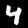
Digit: 4